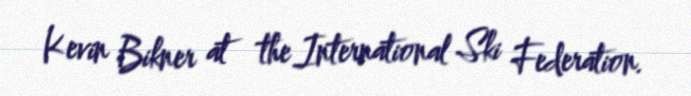
Kevin Bikner at the International Ski Federation.